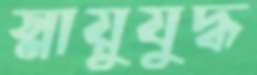
স্নায়ুযুদ্ধ